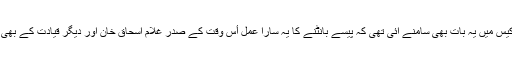
اصغر خان کیس میں یہ بات بھی سامنے آئی تھی کہ پیسے بانٹنے کا یہ سارا عمل اٴْس وقت کے صدر غلام اسحاق خان اور دیگر قیادت کے بھی علم میں تھا۔